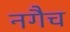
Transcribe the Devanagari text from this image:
नगैच